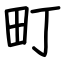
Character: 町